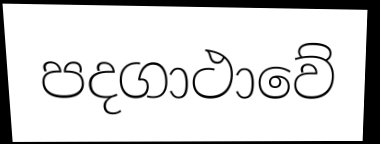
පදගාථාවේ